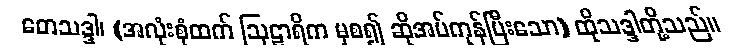
တေသဒ္ဒါ၊ (အလုံးစုံထက် ဩဠာရိက မှစ၍ ဆိုအပ်ကုန်ပြီးသော) ထိုသဒ္ဒါတို့သည်။